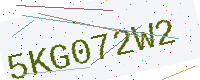
Text: 5KG072W2